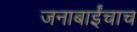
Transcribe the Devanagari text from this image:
जनाबाईंचाच